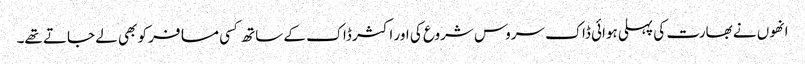
انھوں نے بھارت کی پہلی ہوائی ڈاک سروس شروع کی اور اکثر ڈاک کے ساتھ کسی مسافر کو بھی لے جاتے تھے۔